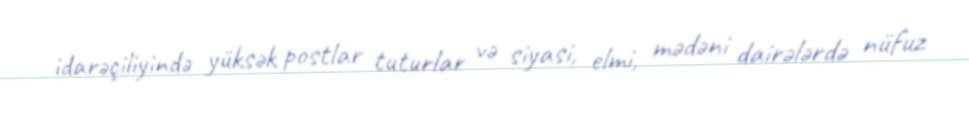
idarəçiliyində yüksək postlar tuturlar və siyasi, elmi, mədəni dairələrdə nüfuz